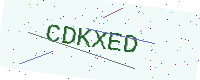
Text: CDKXED